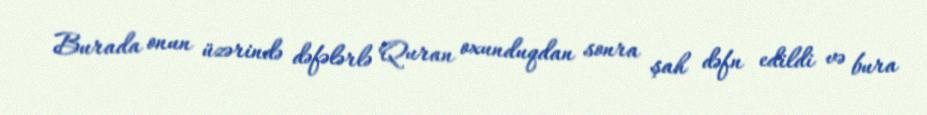
Burada onun üzərində dəfələrlə Quran oxunduqdan sonra şah dəfn edildi və bura